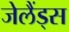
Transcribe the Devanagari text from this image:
जेलैंड्स